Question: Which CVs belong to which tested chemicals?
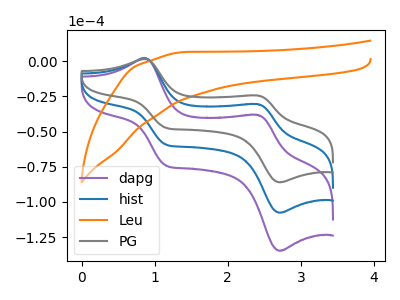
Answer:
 <answer>The purple curve is labeled "dapg". The blue curve is labeled "hist". The orange curve is labeled "Leu". The gray curve is labeled "PG".</answer>
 <eval></eval>